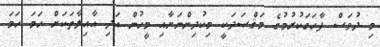
މި ދުވަސް ފާހަގަކުރުމުގެ މަޤްޞަދަކީ މިކުދިންނަށާއި މީހުން އަދި އާއިލާތަކަށް ހަމަ ހަމަ